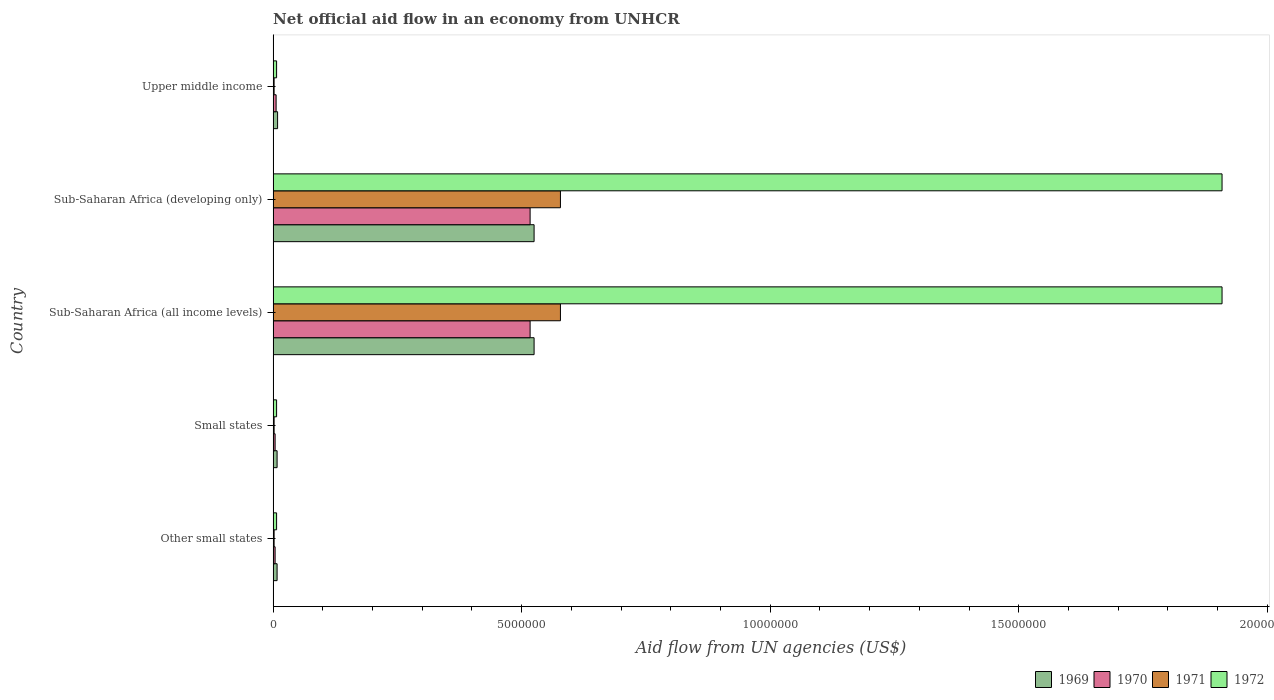
| Country | 1969 | 1970 | 1971 | 1972 |
 | --- | --- | --- | --- | --- |
 | Other small states | 8e+04 | 4e+04 | 2e+04 | 7e+04 |
 | Small states | 8e+04 | 4e+04 | 2e+04 | 7e+04 |
 | Sub-Saharan Africa (all income levels) | 5.25e+06 | 5.17e+06 | 5.78e+06 | 1.91e+07 |
 | Sub-Saharan Africa (developing only) | 5.25e+06 | 5.17e+06 | 5.78e+06 | 1.91e+07 |
 | Upper middle income | 9e+04 | 6e+04 | 2e+04 | 7e+04 |